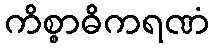
ကိစ္စာဓိကရဏံ